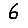
Digit: 6